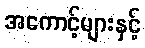
အကောင့်များနှင့်